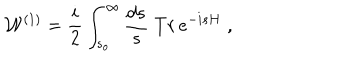
{ \cal W } ^ { ( 1 ) } = { \frac { i } { 2 } } \int _ { s _ { o } } ^ { \infty } { \frac { d s } { s } } \; T r \, e ^ { - i s H } \; ,